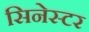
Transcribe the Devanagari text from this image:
सिनेस्टर